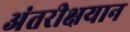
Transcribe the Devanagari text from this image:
अंतरीक्षयान